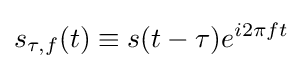
s_{\tau ,f}(t)\equiv s(t-\tau )e^{i2\pi ft}